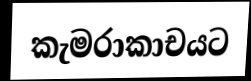
කැමරාකාචයට